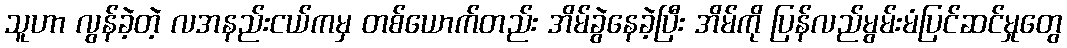
သူဟာ လွန်ခဲ့တဲ့ လအနည်းငယ်ကမှ တစ်ယောက်တည်း အိမ်ခွဲနေခဲ့ပြီး အိမ်ကို ပြန်လည်မွမ်းမံပြင်ဆင်မှုတွေ